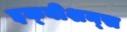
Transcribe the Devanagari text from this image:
इक्‍वीशन्‍स